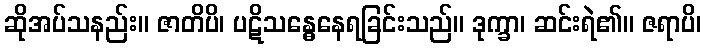
ဆိုအပ်သနည်း။ ဇာတိပိ၊ ပဋိသန္ဓေနေရခြင်းသည်။ ဒုက္ခာ၊ ဆင်းရဲ၏။ ဇရာပိ၊